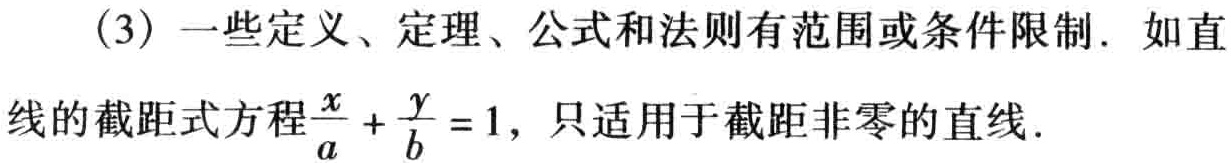
(3) 一些定义、定理、公式和法则有范围或条件限制. 如直线的截距式方程$\frac{x}{a}+\frac{y}{b}=1$，只适用于截距非零的直线.